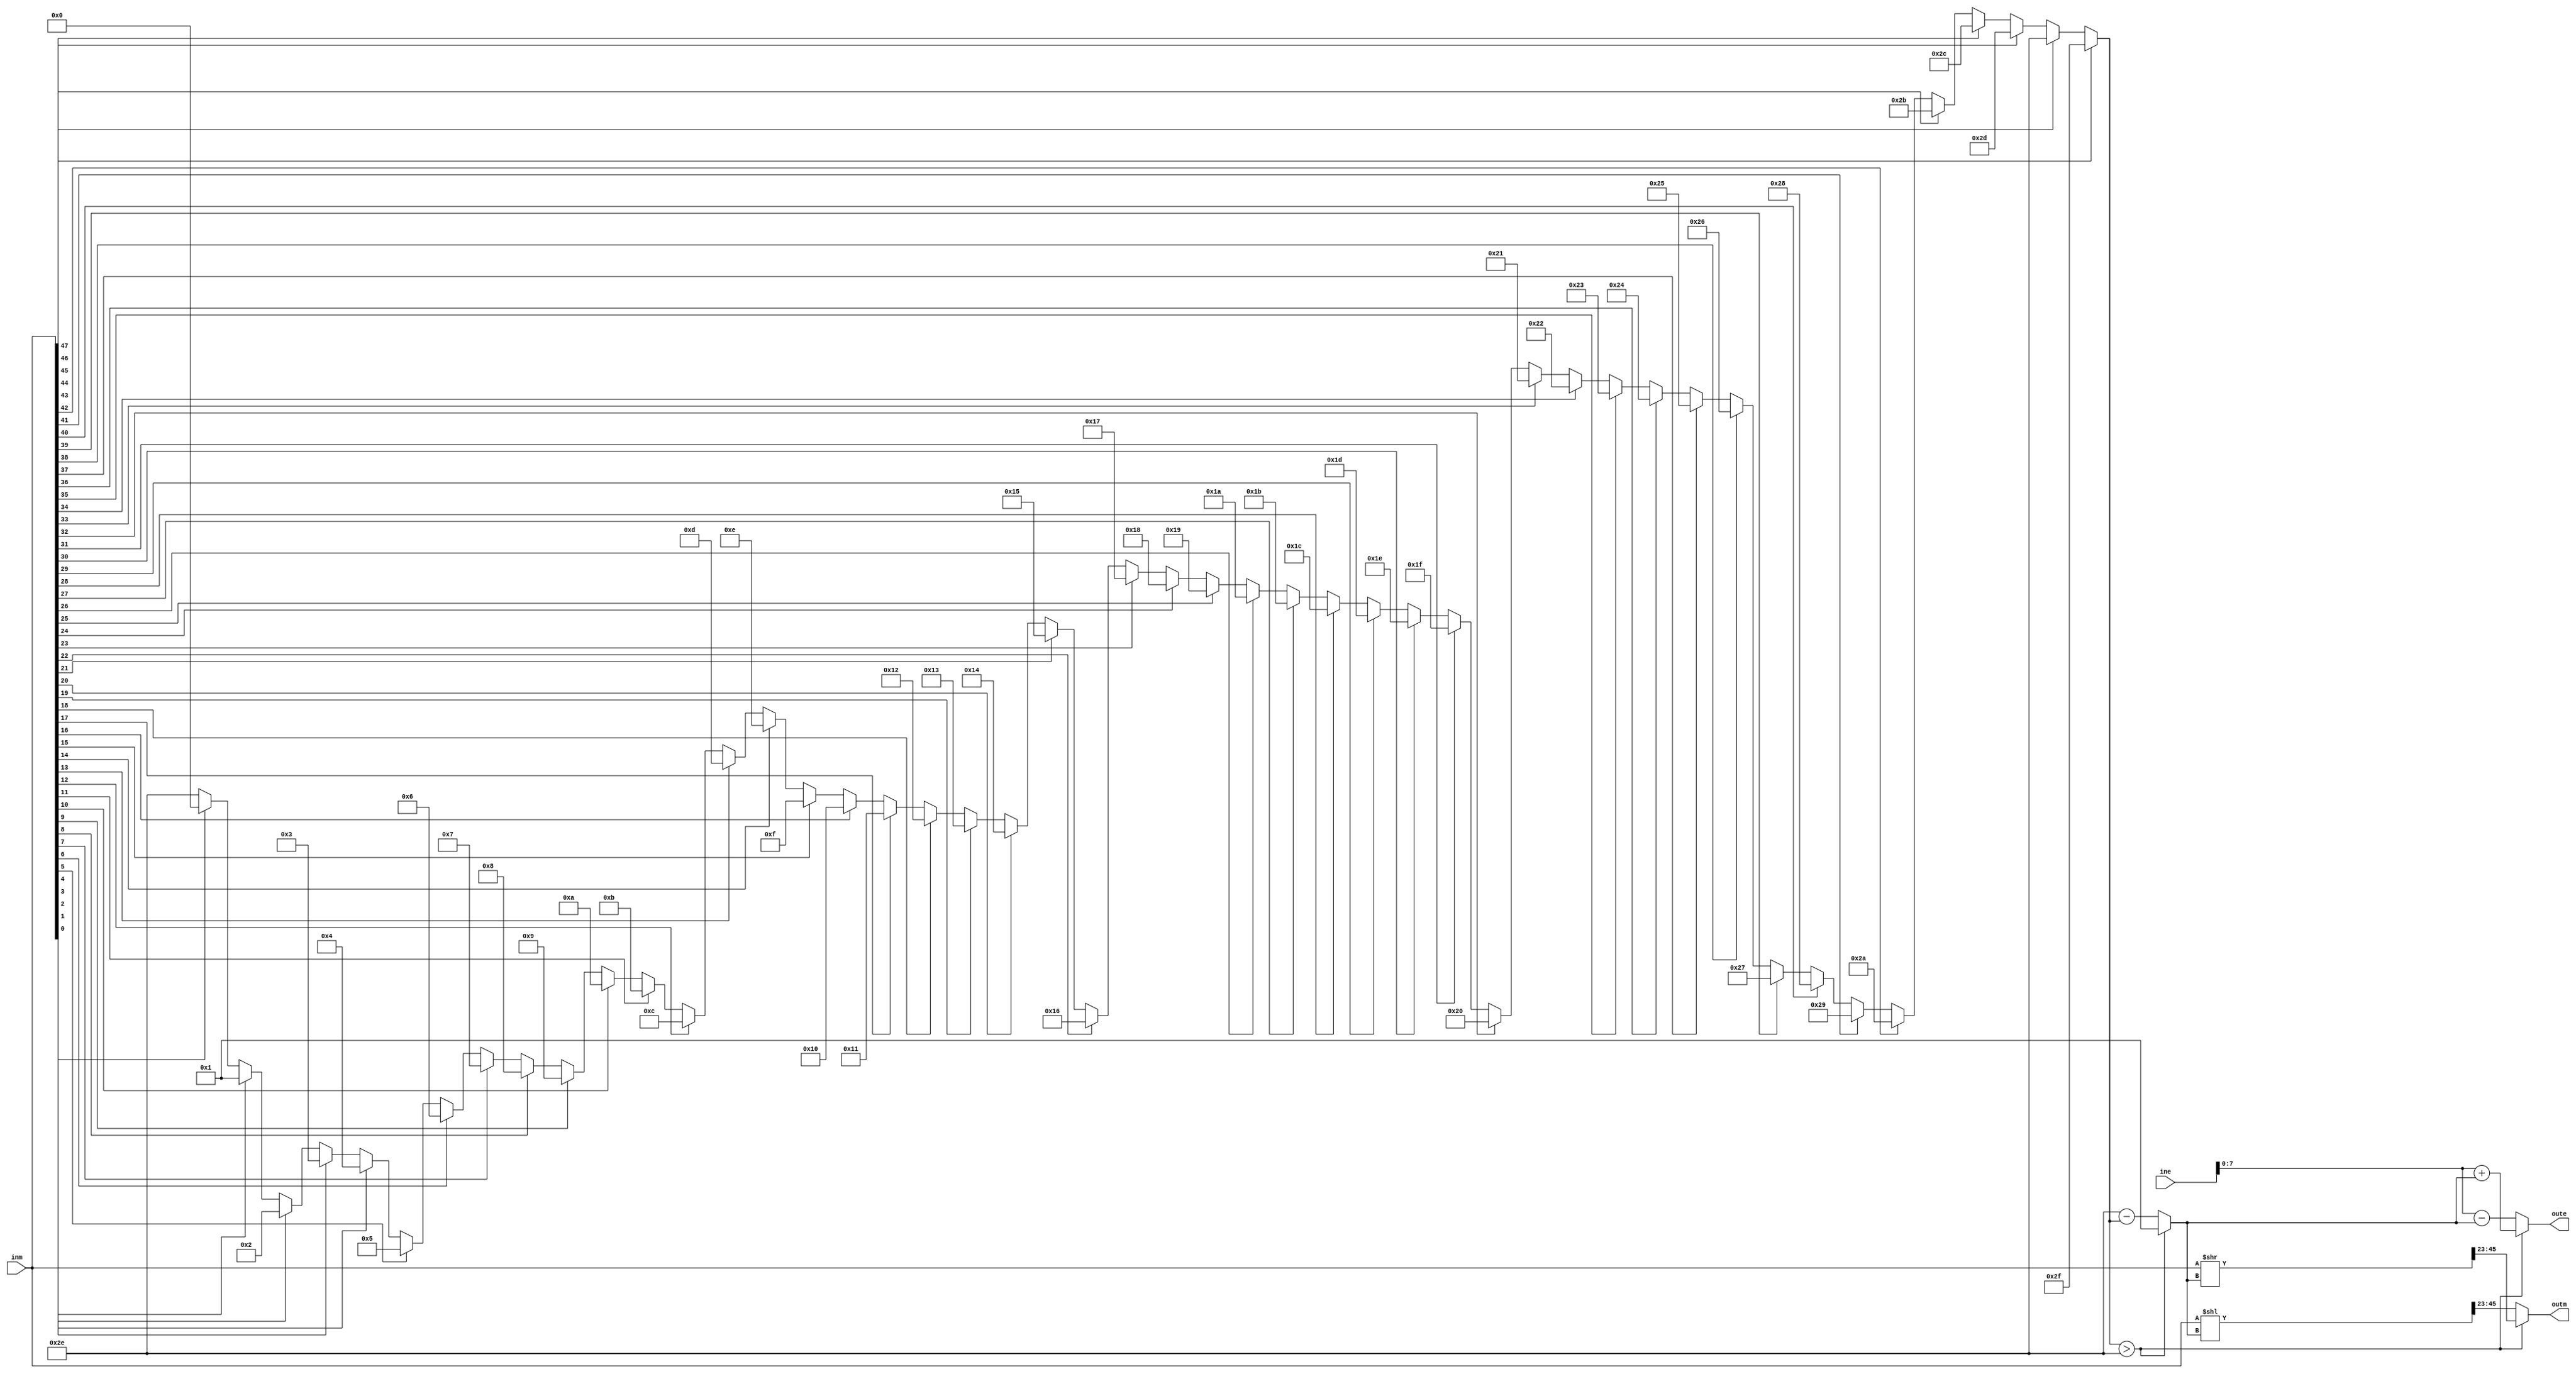
// -----------------------------Details----------------------------------- // 
// Version     : 1.0
// Description : normalize the result
// -----------------------------History-----------------------------------//
// Date      BY          Version  Change Description
//
// 20200128  flyjancy   1.0      Initial Release. 
// -----------------------------------------------------------------------// 

module float_mul_normal #(
  parameter E = 8,
  parameter M = 23
)(
  input     [E : 0]           ine,
  input     [2 * M + 1 : 0]   inm,
  output    [E - 1 : 0]       oute,
  output    [M - 1 : 0]       outm 
);

wire        [5 : 0]           pos;
assign      pos               =     inm[47] ? 6'd47 : (
                                    inm[46] ? 6'd46 : (
                                    inm[45] ? 6'd45 : (
                                    inm[44] ? 6'd44 : (
                                    inm[43] ? 6'd43 : (
                                    inm[42] ? 6'd42 : (
                                    inm[41] ? 6'd41 : (
                                    inm[40] ? 6'd40 : (
                                    inm[39] ? 6'd39 : (
                                    inm[38] ? 6'd38 : (
                                    inm[37] ? 6'd37 : (
                                    inm[36] ? 6'd36 : (
                                    inm[35] ? 6'd35 : (
                                    inm[34] ? 6'd34 : (
                                    inm[33] ? 6'd33 : (
                                    inm[32] ? 6'd32 : (
                                    inm[31] ? 6'd31 : (
                                    inm[30] ? 6'd30 : (
                                    inm[29] ? 6'd29 : (
                                    inm[28] ? 6'd28 : (
                                    inm[27] ? 6'd27 : (
                                    inm[26] ? 6'd26 : (
                                    inm[25] ? 6'd25 : (
                                    inm[24] ? 6'd24 : (
                                    inm[23] ? 6'd23 : (
                                    inm[22] ? 6'd22 : (
                                    inm[21] ? 6'd21 : (
                                    inm[20] ? 6'd20 : (
                                    inm[19] ? 6'd19 : (
                                    inm[18] ? 6'd18 : (
                                    inm[17] ? 6'd17 : (
                                    inm[16] ? 6'd16 : (
                                    inm[15] ? 6'd15 : (
                                    inm[14] ? 6'd14 : (
                                    inm[13] ? 6'd13 : (
                                    inm[12] ? 6'd12 : (
                                    inm[11] ? 6'd11 : (
                                    inm[10] ? 6'd10 : (
                                    inm[9]  ? 6'd9  : (
                                    inm[8]  ? 6'd8  : (
                                    inm[7]  ? 6'd7  : (
                                    inm[6]  ? 6'd6  : (
                                    inm[5]  ? 6'd5  : (
                                    inm[4]  ? 6'd4  : (
                                    inm[3]  ? 6'd3  : (
                                    inm[2]  ? 6'd2  : (
                                    inm[1]  ? 6'd1  : (
                                    inm[0]  ? 6'd0  : 6'd46 )))))))))))))))))))))))))))))))))))))))))))))));

wire        [5 : 0]           ShiftDelta;
assign      ShiftDelta        =     (pos > 6'd46) ? 1'b1 : 6'd46 - pos;

wire        [E : 0]           pluse, subse;
assign      pluse             =     ine + ShiftDelta;
assign      subse             =     ine - ShiftDelta;

assign      oute              =     (pos > 6'd46) ? pluse[E - 1 : 0] : subse[E - 1 : 0];

wire        [2 * M + 1 : 0]   leftm, rightm;
assign      leftm             =     inm << ShiftDelta;
assign      rightm            =     inm >> ShiftDelta;

assign      outm              =     (pos > 6'd46) ? rightm[2 * M - 1 : M] : leftm[2 * M - 1 : M];

endmodule